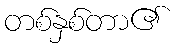
တစ်နှစ်တာ၏